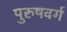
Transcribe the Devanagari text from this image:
पुरुषवर्ग